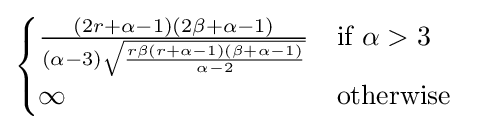
{\begin{cases}{\frac {(2r+\alpha -1)(2\beta +\alpha -1)}{(\alpha -3){\sqrt {\frac {r\beta (r+\alpha -1)(\beta +\alpha -1)}{\alpha -2}}}}}&{\text{if}}\ \alpha >3\\\infty &{\text{otherwise}}\ \end{cases}}